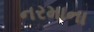
નરમાના